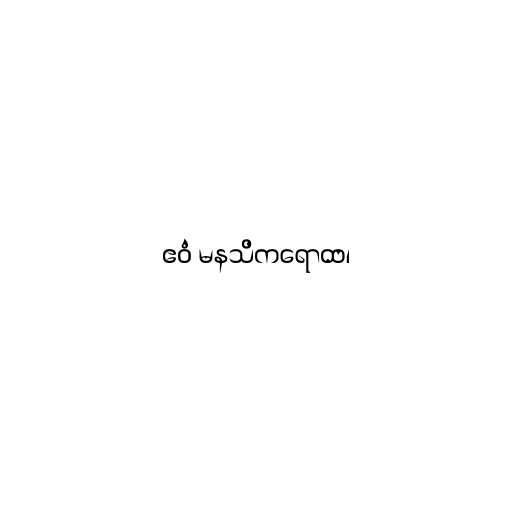
ဧဝံ မနသိကရောထ၊